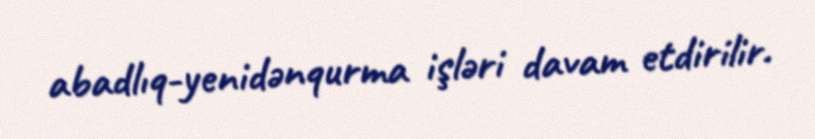
abadlıq-yenidənqurma işləri davam etdirilir.